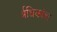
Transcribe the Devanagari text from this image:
र्अधिकांश